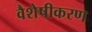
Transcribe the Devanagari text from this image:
वैशेषीकरण